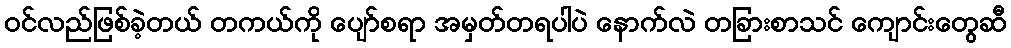
ဝင်လည်ဖြစ်ခဲ့တယ် တကယ်ကို ပျော်စရာ အမှတ်တရပါပဲ နောက်လဲ တခြားစာသင် ကျောင်းတွေဆီ